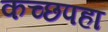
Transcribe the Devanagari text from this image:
कच्छपहा